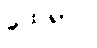
ထေရာပိ